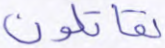
تقاتلون